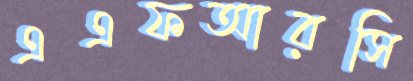
এএফআরসি